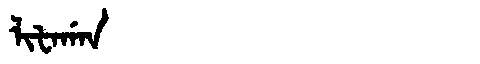
Manchu: ᠯᡳᡶᠠᡤᠠᠨ
Romanization: LIFAGAN